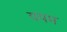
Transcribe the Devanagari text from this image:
ययम